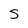
Character: S